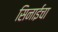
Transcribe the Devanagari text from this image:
सिनाईचा